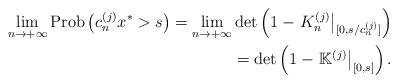
LaTeX: \begin{align*}\lim_{n\to +\infty}{\rm Prob}\left(c_n^{(j)}x^*>s\right)=\lim_{n\to +\infty}\det\left(1-\left.K_n^{(j)}\right|_{[0,s/c_n^{(j)}]}\right) \\= \det\left(1-\left.\mathbb K^{(j)}\right|_{[0,s]}\right).\end{align*}